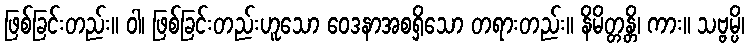
ဖြစ်ခြင်းတည်း။ ဝါ၊ ဖြစ်ခြင်းတည်းဟူသော ဝေဒနာအစရှိသော တရားတည်း။ နိမိတ္တန္တိ၊ ကား။ သဗ္ဗမ္ပိ၊